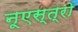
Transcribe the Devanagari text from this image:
नूएस्त्रो